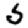
Digit: 5